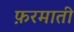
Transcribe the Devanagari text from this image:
फ़रमाती